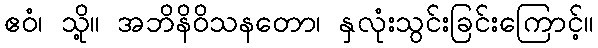
ဧဝံ၊ သို့။ အဘိနိဝိသနတော၊ နှလုံးသွင်းခြင်းကြောင့်။